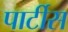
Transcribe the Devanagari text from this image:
पार्टीस